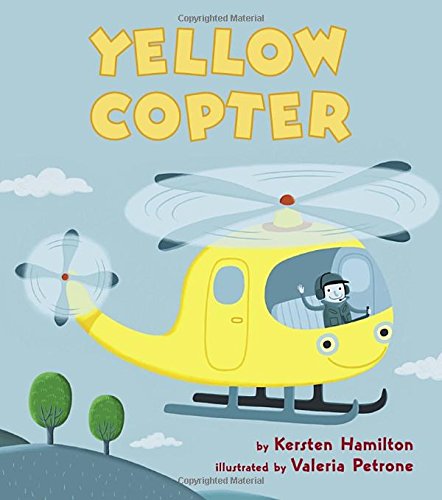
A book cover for Yellow Copter; Kersten Hamilton; Children's Books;